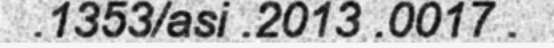
.1353/asi .2013 .0017 .